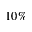
1 0 \%